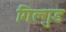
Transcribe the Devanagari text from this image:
गिल्गुड